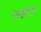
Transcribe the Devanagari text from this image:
७७९५